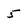
Character: 5